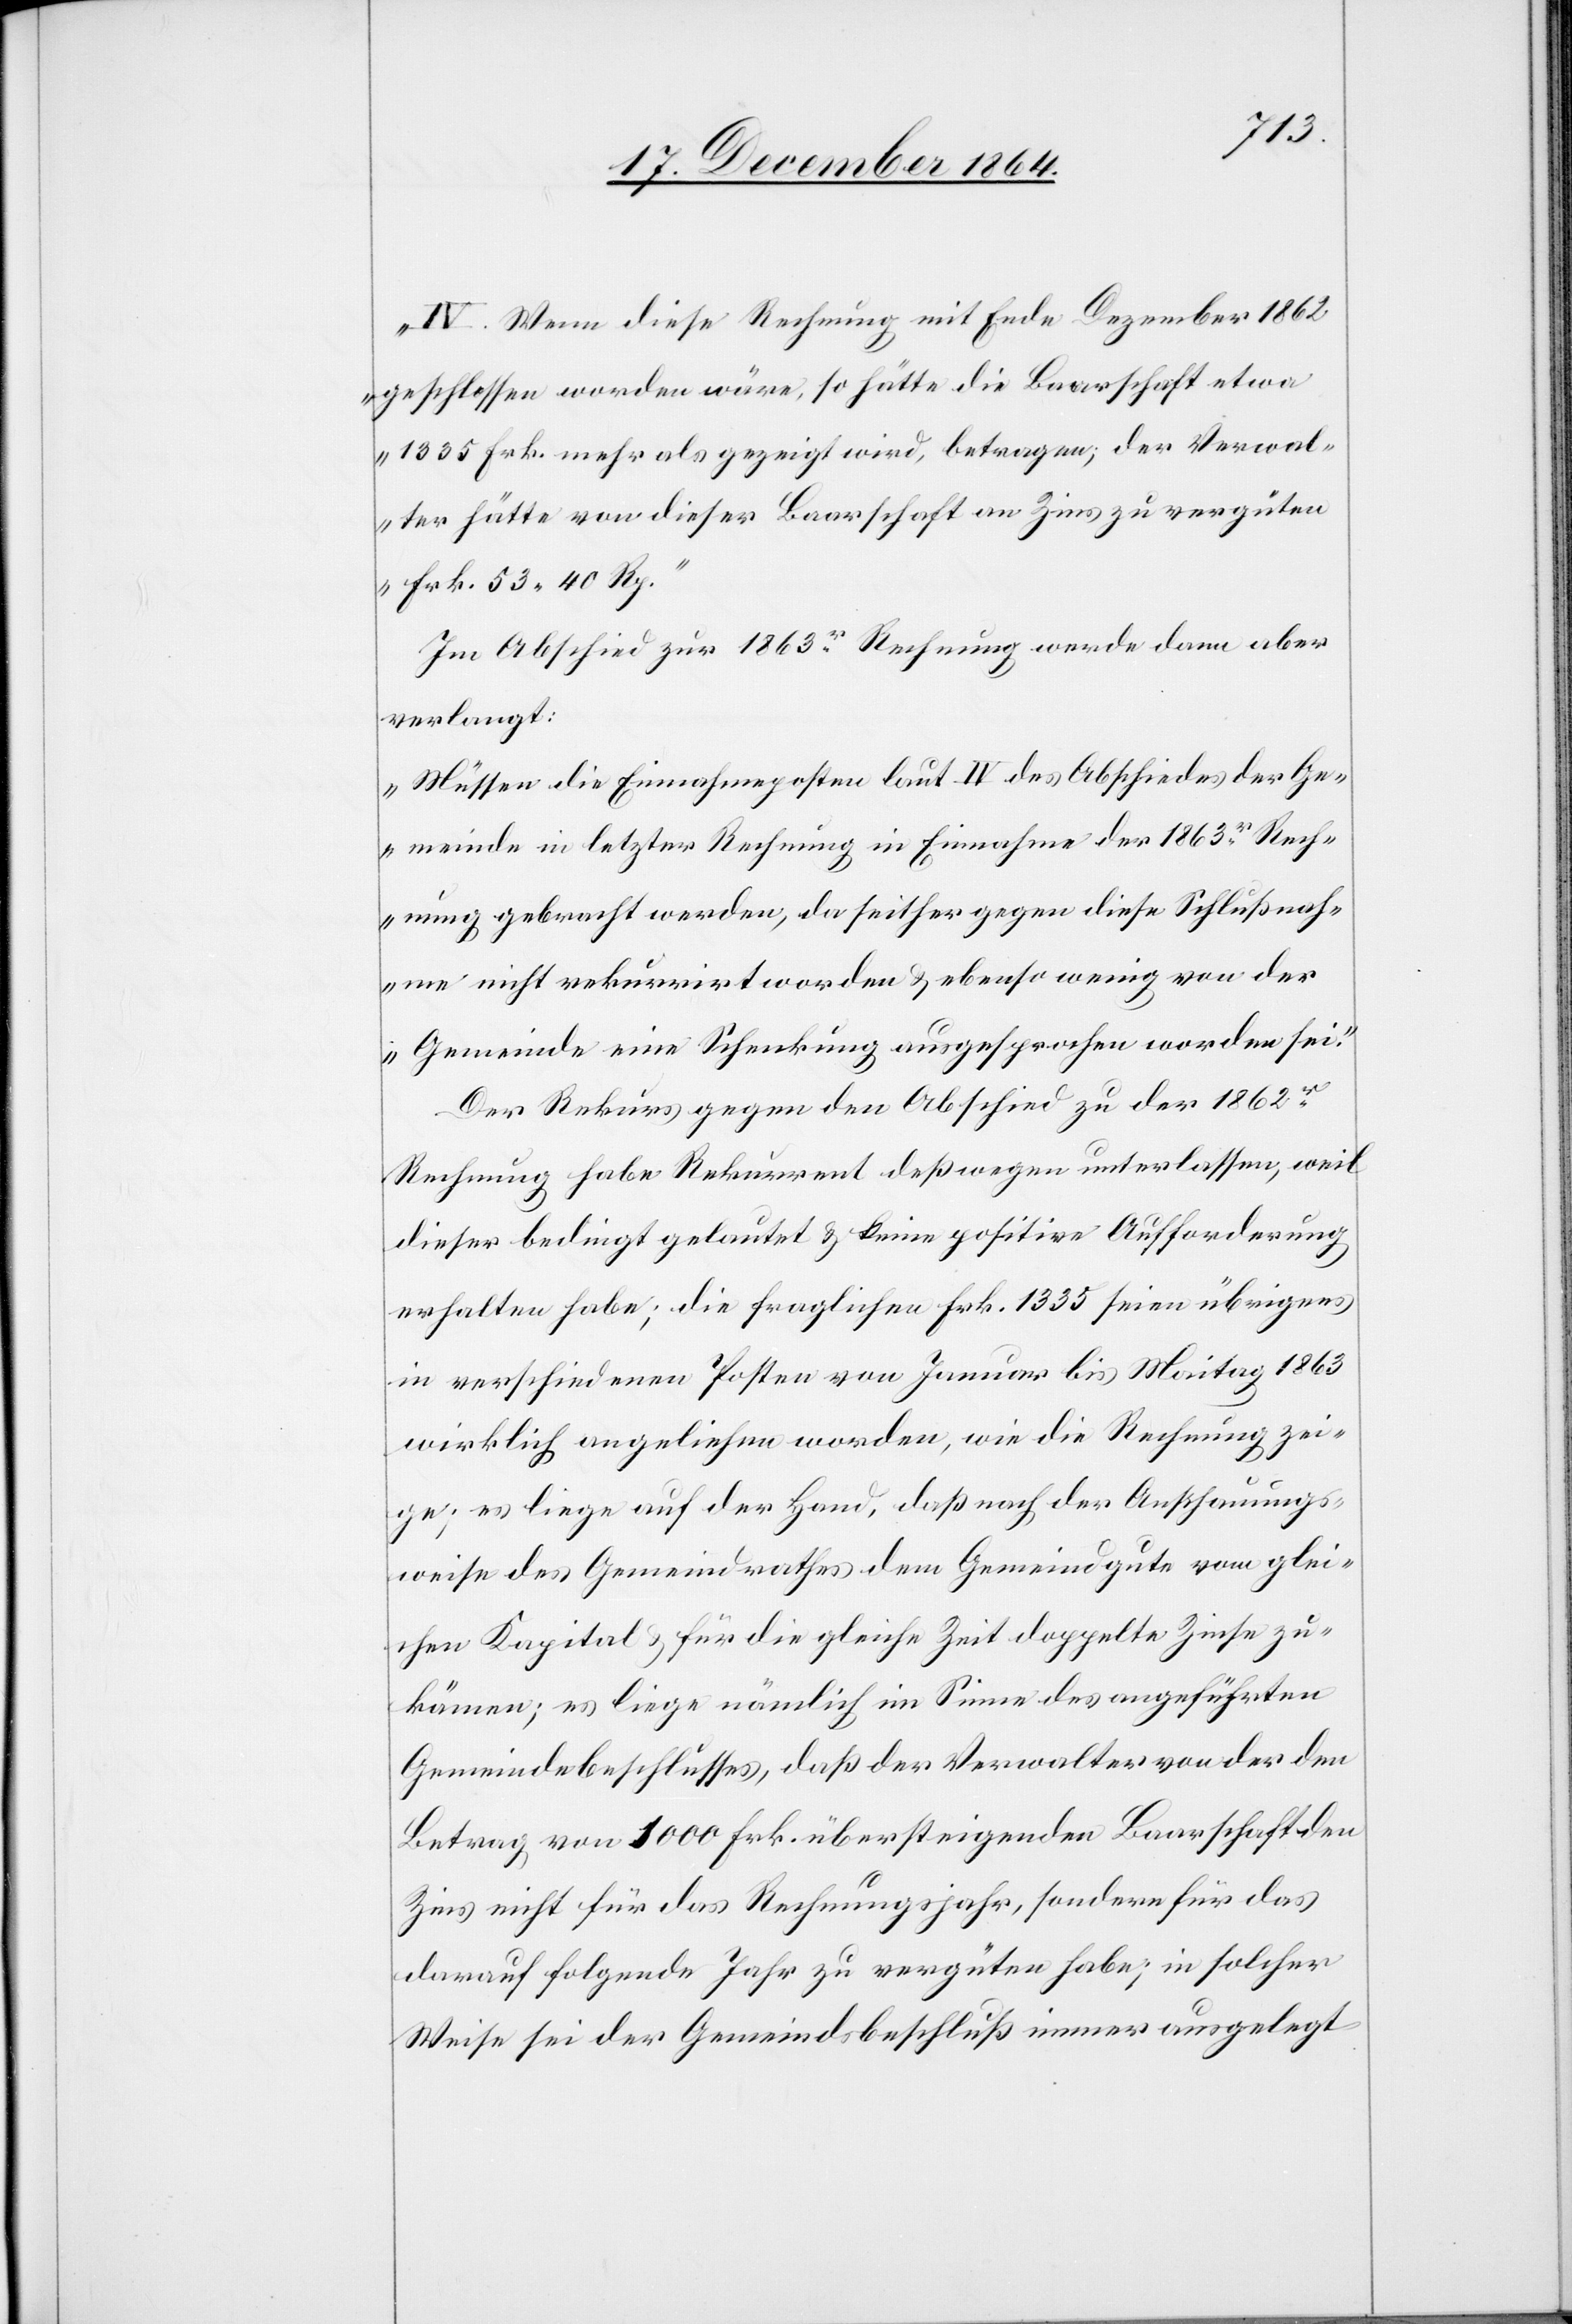
„IV. Wenn diese Rechnung mit Ende Dezember 1862
geschlossen worden wäre, so hätte die Baarschaft etwa
1335 Frk. mehr als gezeigt wird, betragen; der Verwal¬
ter hätte von dieser Baarschaft an Zins zu vergüten
Frk. 53.40 Rp.“
Im Abschiede zur 1863er Rechnung werde dann aber
verlangt:
„Müssen die Einnahmeposten laut IV des Abschiedes der Ge¬
meinde in letzter Rechnung in Einnahme der 1863er Rech¬
nung gebracht werden, da seither gegen diese Schlußnah¬
me nicht rekurrirt worden & ebenso wenig von der
Gemeinde eine Schenkung ausgesprochen worden sei.“
Der Rekurs gegen den Abschied der 1862er
Rechnung habe Rekurrent deßwegen unterlassen, weil
dieser bedingt gelautet & keine positive Aufforderung
erhalten habe; die fraglichen Frk. 1335 seien übrigens
in verschiedenen Posten von Januar bis Maitag 1863
wirklich angeliehen worden, wie die Rechnung zei¬
ge; es liege auf der Hand, daß nach der Anschauungs¬
weise des Gemeindrathes dem Gemeindgute vom glei¬
chen Kapital & für die gleiche Zeit doppelte Zinse zu¬
kämen; es liege nämlich im Sinne des angeführten
Gemeindebeschlusses, daß der Verwalter von der den
Betrag von 1000 Frk. übersteigenden Baarschaft den
Zins nicht für das Rechnungsjahr, sondern für das
darauf folgende Jahr zu vergüten habe; in solcher
Weise sei der Gemeindsbeschluß immer ausgelegt